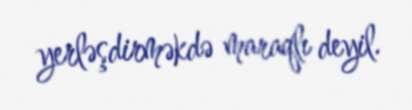
yerləşdirməkdə maraqlı deyil.